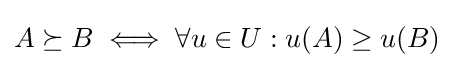
A\succeq B\iff \forall u\in U:u(A)\geq u(B)